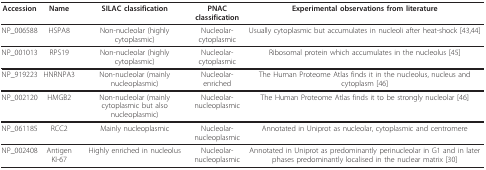
| Accession | Name | SILAC classification | PNAC classification | Experimental observations from literature |
 | --- | --- | --- | --- | --- |
 | NP_006588 | HSPA8 | Non-nucleolar (highly cytoplasmic) | Nucleolar-cytoplasmic | Usually cytoplasmic but accumulates in nucleoli after heat-shock [43,44] |
 | NP_001013 | RPS19 | Non-nucleolar (highly cytoplasmic) | Nucleolar-cytoplasmic | Ribosomal protein which accumulates in the nucleolus [45] |
 | NP_919223 | HNRNPA3 | Non-nucleolar (mainly nucleoplasmic) | Nucleolar-enriched | The Human Proteome Atlas finds it in the nucleolus, nucleus and cytoplasm [46] |
 | NP_002120 | HMGB2 | Non-nucleolar (mainly cytoplasmic but also nucleoplasmic) | Nucleolar-nucleoplasmic | The Human Proteome Atlas finds it to be strongly nucleolar [46] |
 | NP_061185 | RCC2 | Mainly nucleoplasmic | Nucleolar-nucleoplasmic | Annotated in Uniprot as nucleolar, cytoplasmic and centromere |
 | NP_002408 | Antigen KI-67 | Highly enriched in nucleolus | Nucleolar-nucleoplasmic | Annotated in Uniprot as predominantly perinucleolar in G1 and in later phases predominantly localised in the nuclear matrix [30] |